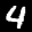
Label: 4